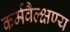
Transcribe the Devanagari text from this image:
कर्मवैल्क्षण्य